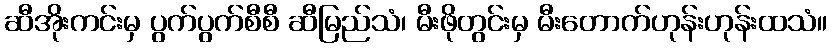
ဆီအိုးကင်းမှ ပွက်ပွက်စီစီ ဆီမြည်သံ၊ မီးဖိုတွင်းမှ မီးတောက်ဟုန်းဟုန်းထသံ။